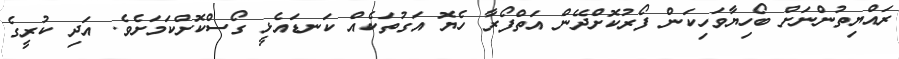
ރައްޔިތުންނަށް ބޯހިޔާވަހިކަން ފޯރުކޮށްދޭން އަތްފޯރާ ހެޔޮ އަގުތަކެއް ކަނޑައެޅީ ގޯސްކޮށްކަމަށެވެ. އަދި ކުރީގެ